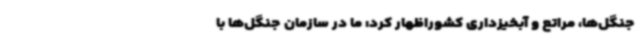
جنگل‌ها، مراتع و آبخیزداری کشوراظهار کرد: ما در سازمان جنگل‌ها با